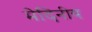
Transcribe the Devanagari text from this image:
मेदिनीय